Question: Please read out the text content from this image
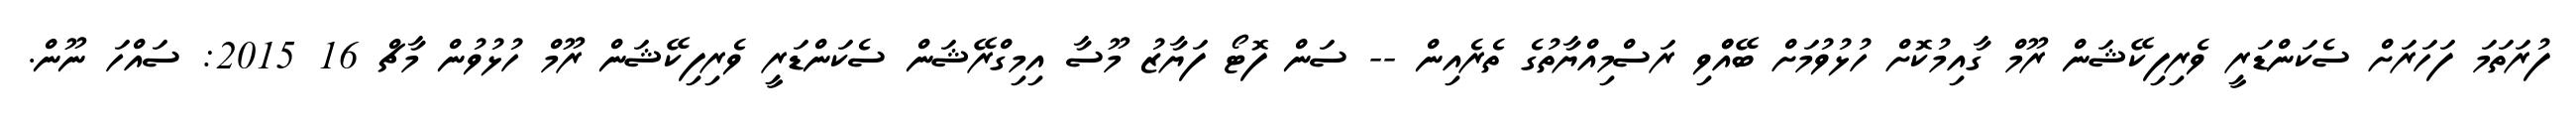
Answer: ފުރަތަމަ ފަހަރަށް ސެކަންޑަރީ ވެރިފިކޭޝަން ރޫމް ގާއިމުކޮށް ހުޅުވުމަށް ބޭއްްވި ރަސްމިއްޔާތުގެ ތެރެއިން -- ސަން ފޮޓޯ ފަޔާޒު މޫސާ އިމިގްރޭޝަން ސެކަންޑަރީ ވެރިފިކޭޝަން ރޫމް ހުޅުވުން މާޗް 16 2015: ސައްހަ ނޫން.